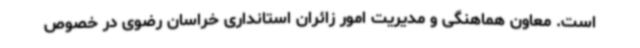
است. معاون هماهنگی و مدیریت امور زائران استانداری خراسان رضوی در خصوص